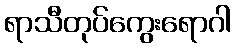
ရာသီတုပ်ကွေးရောဂါ